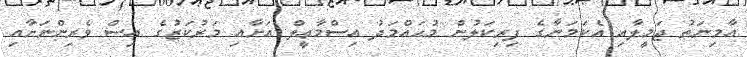
އާމިނަތު ޖަމީލާއި އެކަމަނާގެ ފިރިކަލުން މުޙައްމަދު އިސްމާޢީލް އަށާއި މަރުކަޒުގެ އިސް ވެރިންނަށާއި